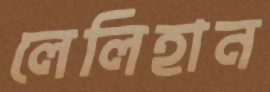
লেলিহান